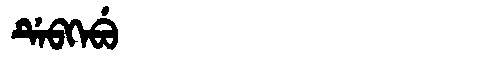
Manchu: ᡩᡝᠪᡴᡝᠪᡠ
Romanization: DEBKEBU